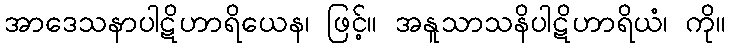
အာဒေသနာပါဋိဟာရိယေန၊ ဖြင့်။ အနူသာသနိပါဋိဟာရိယံ၊ ကို။